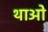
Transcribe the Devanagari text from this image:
थाओ